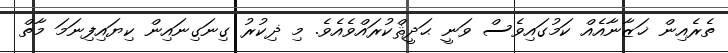
ތެރެއިން ޚަޒާނާއެއް ކަމުގައިވެސް ވަނީ ޙަދީޘްކުރައްވެއެވެ. މި ޛިކުރު ގިނަގިނައިން ކިޔައިފިނަމަ މާތް